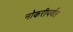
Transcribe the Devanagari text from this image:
नोकरीपर्यंत